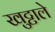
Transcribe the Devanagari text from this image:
खुट्टाले